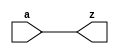
// This program was cloned from: https://github.com/siliconcompiler/lambdalib
// License: MIT License

//#############################################################################
//# Function: Non-inverting Buffer                                            #
//# Copyright: Lambda Project Authors. All rights Reserved.                   #
//# License:  MIT (see LICENSE file in Lambda repository)                     #
//#############################################################################

module la_buf #(
    parameter PROP = "DEFAULT"
) (
    input  a,
    output z
);

    assign z = a;

endmodule